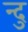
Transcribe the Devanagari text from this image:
न्दु